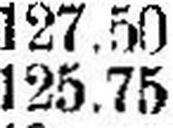
125.75